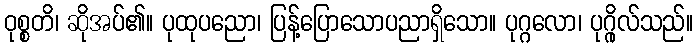
ဝုစ္စတိ၊ ဆိုအပ်၏။ ပုထုပညော၊ ပြန့်ပြောသောပညာရှိသော။ ပုဂ္ဂလော၊ ပုဂ္ဂိုလ်သည်။